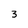
Character: 3